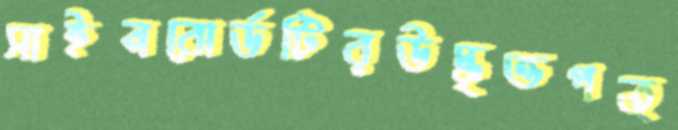
সাইনবোর্ডটিরউদ্ধৃত্তপত্